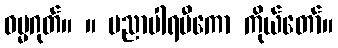
ဓမ္မဂုတ်။ ။ ပညာပါရမီကော ကိုယ်တော်။